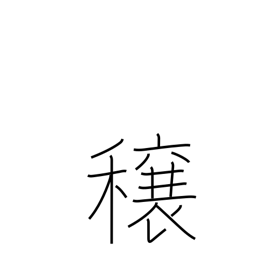
Meaning: good crops